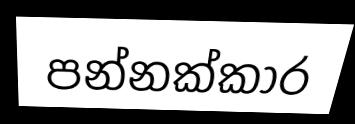
පන්නක්කාර